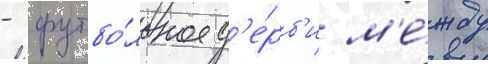
- футбо́льное д'е́рб'и м'е́жду